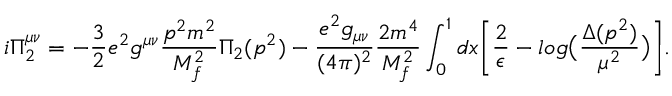
i \Pi _ { 2 } ^ { \mu \nu } = - \frac { 3 } { 2 } e ^ { 2 } g ^ { \mu \nu } \frac { p ^ { 2 } m ^ { 2 } } { M _ { f } ^ { 2 } } \Pi _ { 2 } ( p ^ { 2 } ) - \frac { e ^ { 2 } g _ { \mu \nu } } { ( 4 \pi ) ^ { 2 } } \frac { 2 m ^ { 4 } } { M _ { f } ^ { 2 } } \int _ { 0 } ^ { 1 } d x \biggl [ \frac { 2 } { \epsilon } - l o g \bigl ( \frac { \Delta ( p ^ { 2 } ) } { \mu ^ { 2 } } \bigr ) \biggr ] .